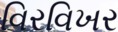
વિરવિખર